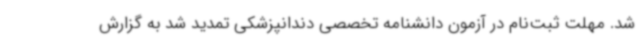
شد. مهلت ثبت‌نام در آزمون دانشنامه تخصصی دندانپزشکی تمدید شد به گزارش